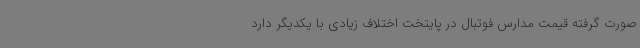
صورت گرفته قیمت مدارس فوتبال در پایتخت اختلاف زیادی با یکدیگر دارد